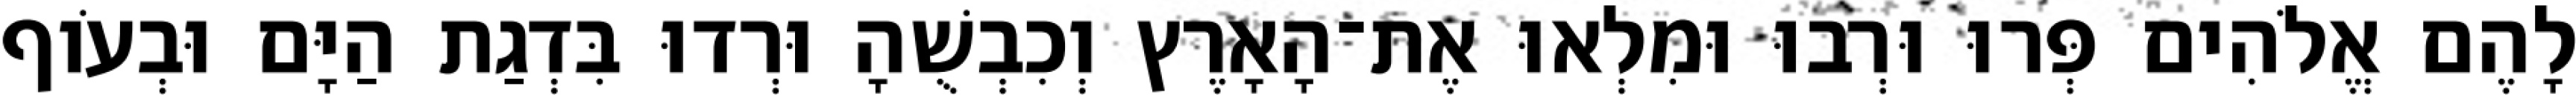
לָהֶם אֱלֹהִים פְּרוּ וּרְבוּ וּמִלְאוּ אֶת־הָאָרֶץ וְכִבְשֻׁהָ וּרְדוּ בִּדְגַת הַיָּם וּבְעֹוף